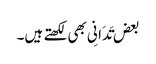
بعض تَدَانِی بھی لکھتے ہیں۔